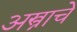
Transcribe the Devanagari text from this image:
अस्त्राचे